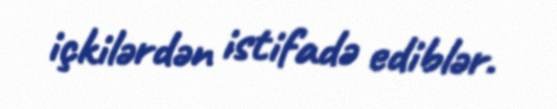
içkilərdən istifadə ediblər.